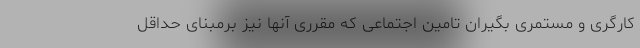
کارگری و مستمری بگیران تامین اجتماعی که مقرری آنها نیز برمبنای حداقل